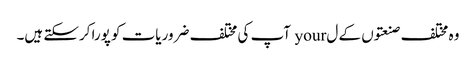
وہ مختلف صنعتوں کے ل your آپ کی مختلف ضروریات کو پورا کرسکتے ہیں۔